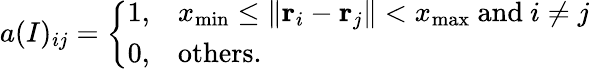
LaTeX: a(I)_{ij}=\left\{ \begin{array}{ll}{1,}&{x_{\mathrm{min}}\leq\| {\mathbf r}_{i}-{\mathbf r}_{j}\| <x_{\mathrm{max}}~\mathrm{and}~i\neq j}\\ {0,}&{\mathrm{{others}.}}\end{array}\right.